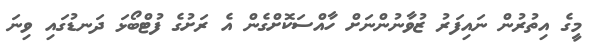
މީގެ އިތުރުން ނައިފަރު ޒުވާނުންނަށް ހާއްސަކޮށްގެން އެ ރަށުގެ ފުޓްބޯޅަ ދަނޑުގައި ވިނަ